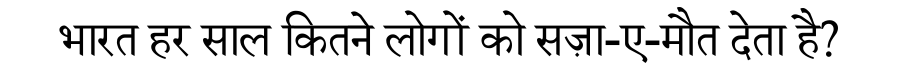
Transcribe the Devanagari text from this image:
भारत हर साल कितने लोगों को सज़ा-ए-मौत देता है?